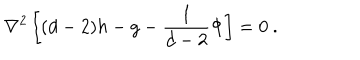
LaTeX: \nabla ^ { 2 } \left[ ( d - 2 ) h - g - \frac { 1 } { d - 2 } \Phi \right] = 0 \ .